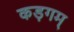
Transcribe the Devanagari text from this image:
कड़गम्‌